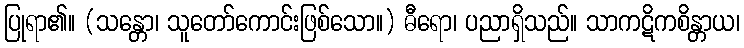
ပြုရာ၏။ (သန္တော၊ သူတော်ကောင်းဖြစ်သော။) ဓီရော၊ ပညာရှိသည်။ သာကဋိကစိန္တာယ၊